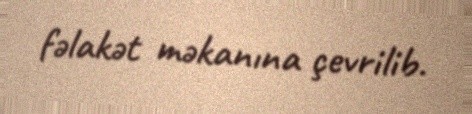
fəlakət məkanına çevrilib.